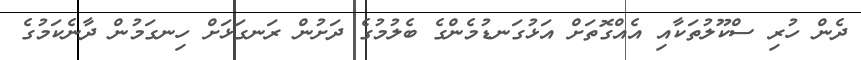
ދެން ހުރި ސްކޫލުތަކާއި އެއްގޮތަށް އަޅުގަނޑުމެންގެ ބެލުމުގެ ދަށުން ރަނގަޅަށް ހިނގަމުން ދާނެކަމުގެ